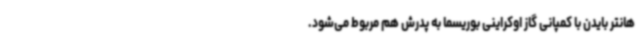
هانتر بایدن با کمپانی گاز اوکراینی بوریسما به پدرش هم مربوط می‌شود.